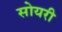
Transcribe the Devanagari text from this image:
सोयरी